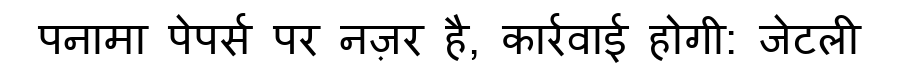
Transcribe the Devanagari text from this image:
पनामा पेपर्स पर नज़र है, कार्रवाई होगी: जेटली